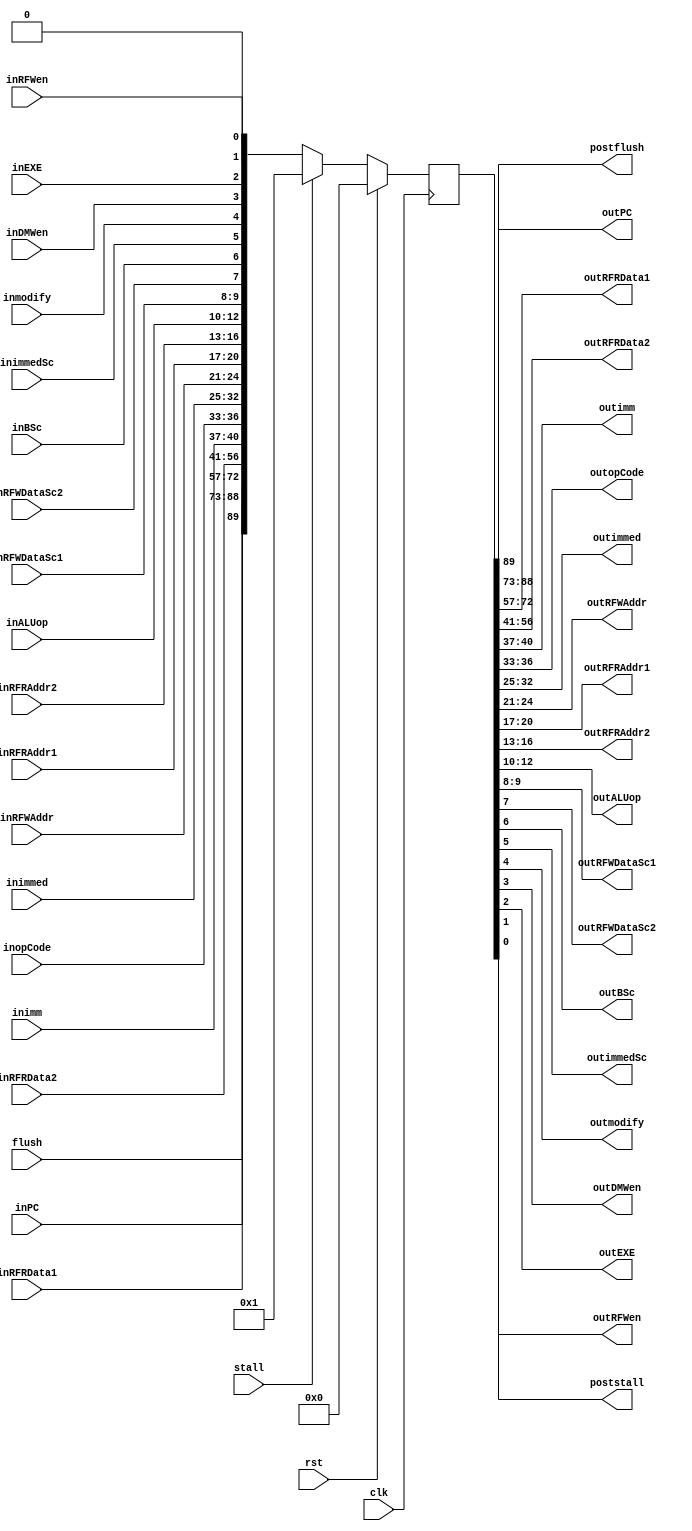
module IDEXRegister(input clk,rst,stall,flush,
                    input[15:0] inPC, inRFRData1, inRFRData2,
                    input[3:0] inimm, inopCode,
                    input[7:0] inimmed,
                    input[3:0] inRFWAddr, inRFRAddr1, inRFRAddr2,
                    input[2:0] inALUop,
                    input[1:0] inRFWDataSc1,
                    input inRFWDataSc2, inBSc, inimmedSc, inmodify, inDMWen, inEXE, inRFWen,
                    
                    output postflush, 
                    output[15:0] outPC, outRFRData1, outRFRData2,
                    output[3:0] outimm, outopCode,
                    output[7:0] outimmed,
                    output[3:0] outRFWAddr, outRFRAddr1, outRFRAddr2,
                    output[2:0] outALUop,
                    output[1:0] outRFWDataSc1,
                    output outRFWDataSc2, outBSc, outimmedSc, outmodify, outDMWen, outEXE, outRFWen, poststall);

reg [89:0]RegData;

always @(posedge clk)
begin
  if(rst)
    RegData <= 89'd0;
  else if(stall)
    RegData <= 89'd1;
  else
    RegData <= {flush,
                inPC,inRFRData1,inRFRData2,inimm,inopCode,inimmed,
                inRFWAddr,
                inRFRAddr1,inRFRAddr2,
                inALUop,inRFWDataSc1,inRFWDataSc2,inBSc,inimmedSc,inmodify,inDMWen,inEXE,inRFWen,stall};
end

assign postflush = RegData[89];
assign outPC = RegData[88:73]; 
assign outRFRData1 = RegData[72:57]; 
assign outRFRData2 = RegData[56:41];
assign outimm = RegData[40:37];
assign outopCode = RegData[36:33];
assign outimmed = RegData[32:25];
assign outRFWAddr = RegData[24:21]; 
assign outRFRAddr1 = RegData[20:17]; 
assign outRFRAddr2 = RegData[16:13];
assign outALUop = RegData[12:10];
assign outRFWDataSc1 = RegData[9:8];
assign outRFWDataSc2 = RegData[7];
assign outBSc = RegData[6]; 
assign outimmedSc = RegData[5]; 
assign outmodify = RegData[4]; 
assign outDMWen = RegData[3]; 
assign outEXE = RegData[2]; 
assign outRFWen = RegData[1];
assign poststall = RegData[0];

endmodule